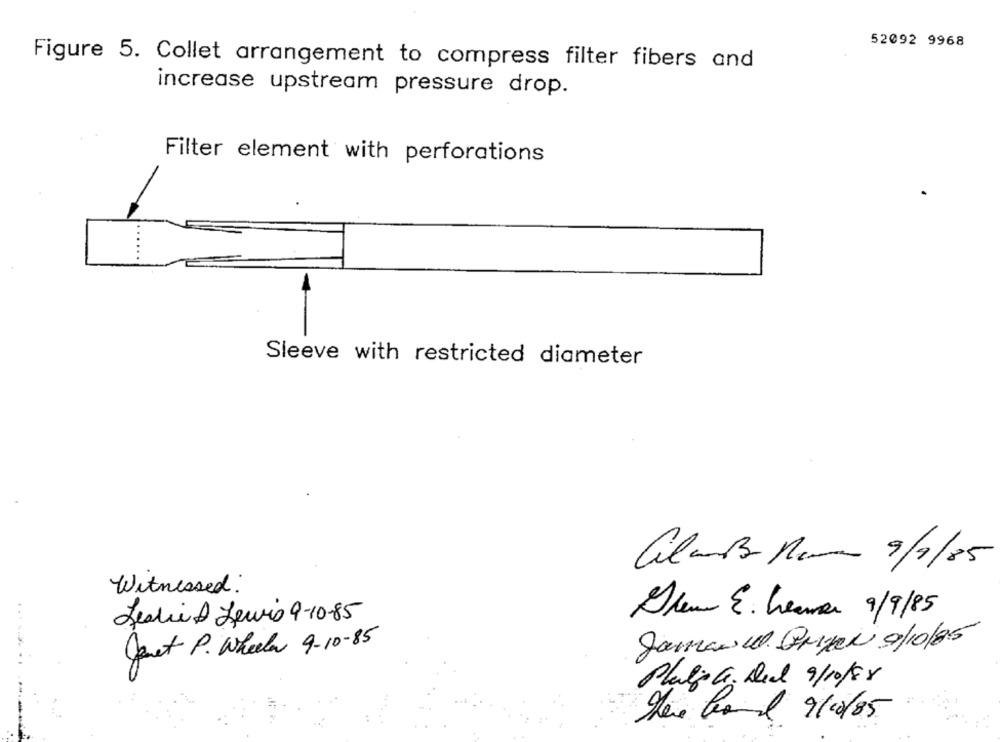
52092 9968
Figure 5. Collet arrangement to compress filter fibers and
increase upstream pressure drop.
Filter element with perforations
Sleeve with restricted diameter
Cilmb Ram 9/7/85
Witnessed:
Glem E. Leave 9/9/85
LeslieA Lewis 9-10-85
quet P. Wheela 9-10-85
Jarman ul. Bryan 9/10/95
Plats Gr. Dea 9/10/88
...
There Cord 9/10/85